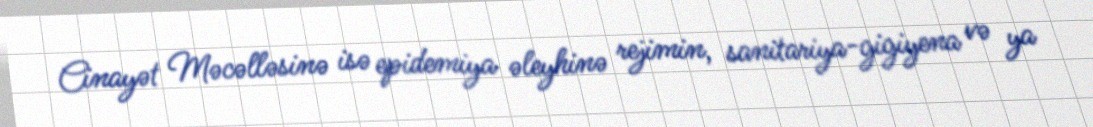
Cinayət Məcəlləsinə isə epidemiya əleyhinə rejimin, sanitariya-gigiyena və ya